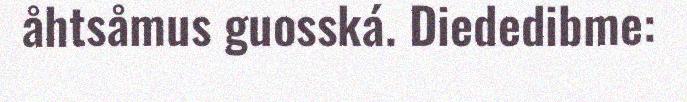
åhtsåmus guosská. Diededibme: